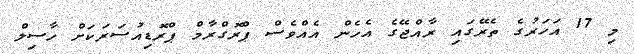
މި 17 އަހަރުގެ ތެރޭގައި ރާއްޖޭގެ އެހެން އެއްވެސް ޕްރޮގްރާމް ޕްރޮޑިއުސަރަކަށް ހާސިލް